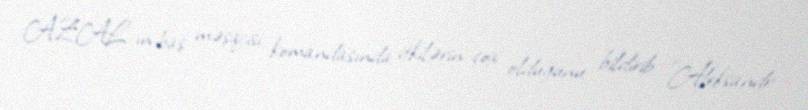
AZAL-ın baş məşqçisi komandasında itkilərin çox olduğunu bildirib: "Aleksandr